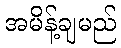
အမိန့်ချမည်